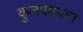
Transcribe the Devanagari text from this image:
कुलपक्षपात